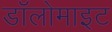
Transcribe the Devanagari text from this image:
डॉलोमाइट